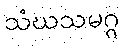
သံဃသမဂ္ဂ